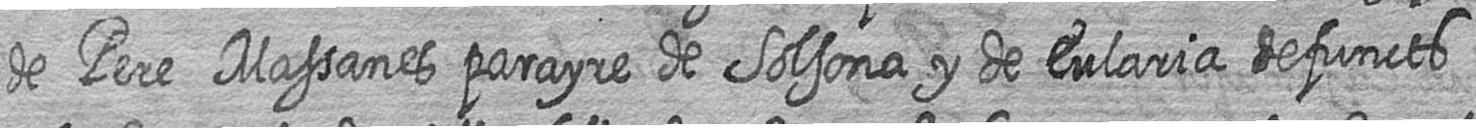
de Pere Massanes parayre de Solsona y de Eularia defuncts